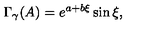
\Gamma _ { \gamma } ( A ) = e ^ { a + b \xi } \sin \xi ,